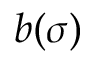
b ( \sigma )